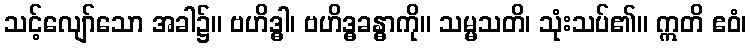
သင့်လျော်သော အခါ၌။ ဗဟိဒ္ဓါ၊ ဗဟိဒ္ဓခန္ဓာကို။ သမ္မသတိ၊ သုံးသပ်၏။ ဣတိ ဧဝံ၊